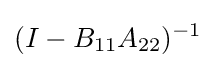
(I-B_{11}A_{22})^{-1}